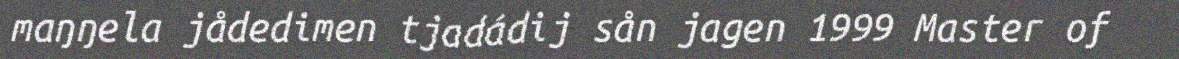
maŋŋela jådedimen tjadádij sån jagen 1999 Master of